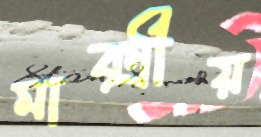
মার্ক্সীয়